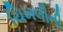
ચિખલીની